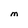
Character: M